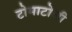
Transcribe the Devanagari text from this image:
टोमाटोची